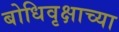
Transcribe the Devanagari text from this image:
बोधिवृक्षाच्या